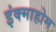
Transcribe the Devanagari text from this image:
इंक्माहोम